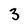
Character: 3